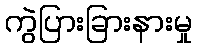
ကွဲပြားခြားနားမှု